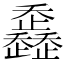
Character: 𣦴